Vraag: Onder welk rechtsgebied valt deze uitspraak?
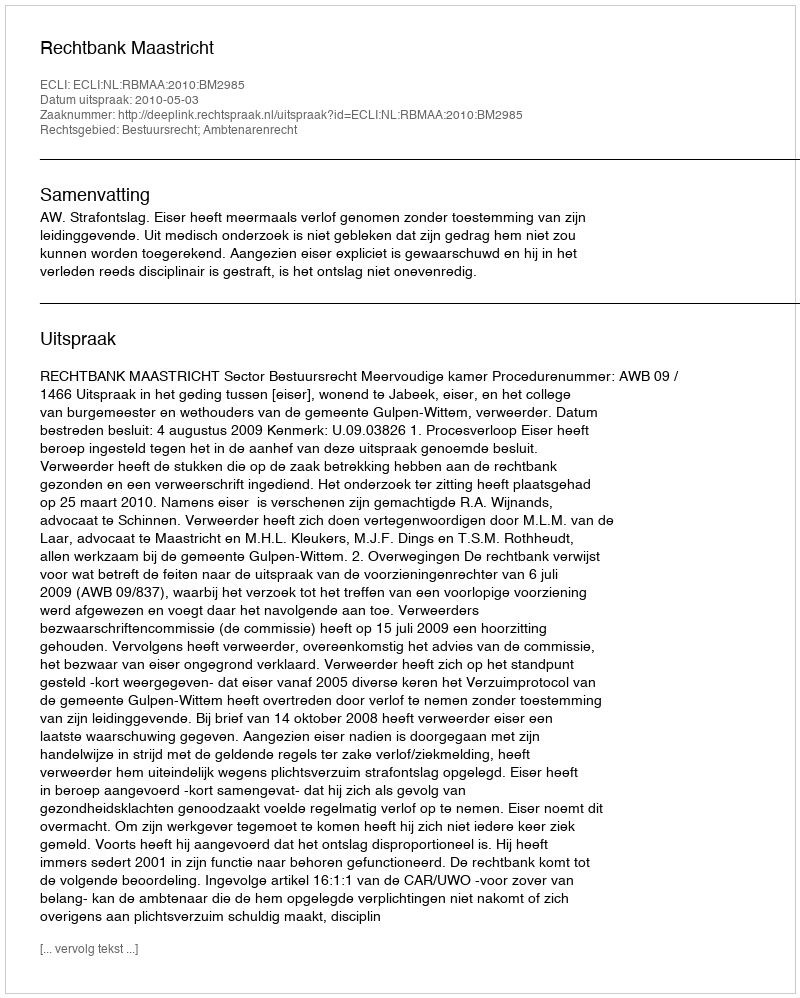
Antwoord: Bestuursrecht; Ambtenarenrecht